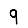
Digit: 9